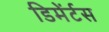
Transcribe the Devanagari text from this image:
डिमेंर्टस